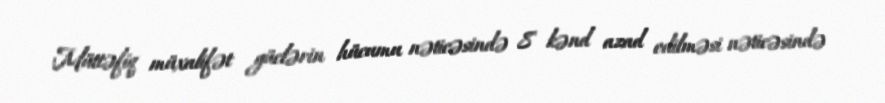
Müttəfiq müxalifət güclərin hücumu nəticəsində 8 kənd azad edilməsi nəticəsində